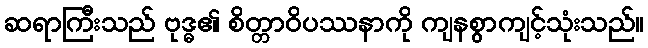
ဆရာကြီးသည် ဗုဒ္ဓ၏ စိတ္တာဝိပဿနာကို ကျနစွာကျင့်သုံးသည်။